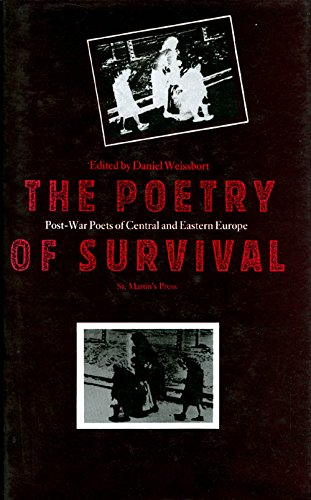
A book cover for The Poetry of Survival: Post-War Poets of Central and Eastern Europe; Engineering & Transportation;